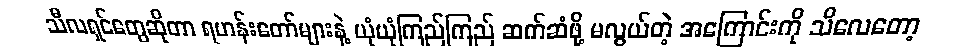
သီလရှင်တွေဆိုတာ ရဟန်းတော်များနဲ့ ယုံယုံကြည်ကြည် ဆက်ဆံဖို့ မလွယ်တဲ့ အကြောင်းကို သိလေတော့